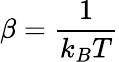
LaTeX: \beta=\frac{1}{k_{B}T}